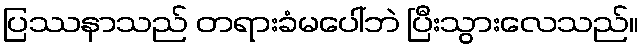
ပြဿနာသည် တရားခံမပေါ်ဘဲ ပြီးသွားလေသည်။